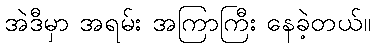
အဲဒီမှာ အရမ်း အကြာကြီး နေခဲ့တယ်။